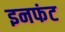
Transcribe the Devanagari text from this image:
इनफंट